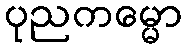
ပုညကမ္မော